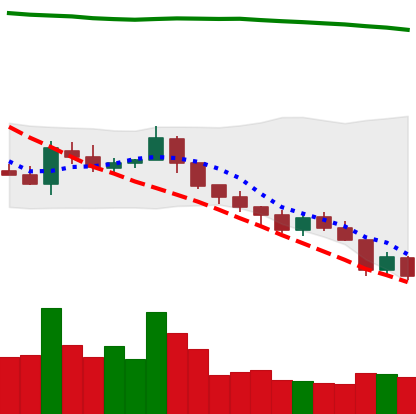
Ticker: TRX-USD
Chart end date: 2018-08-10
Forward return: -18.382%
Label: down_7plus